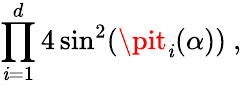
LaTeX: \prod_{\mathit{i}=1}^{d}4\sin^{2}(\pit_{\mathit{i}}(\alpha))~,